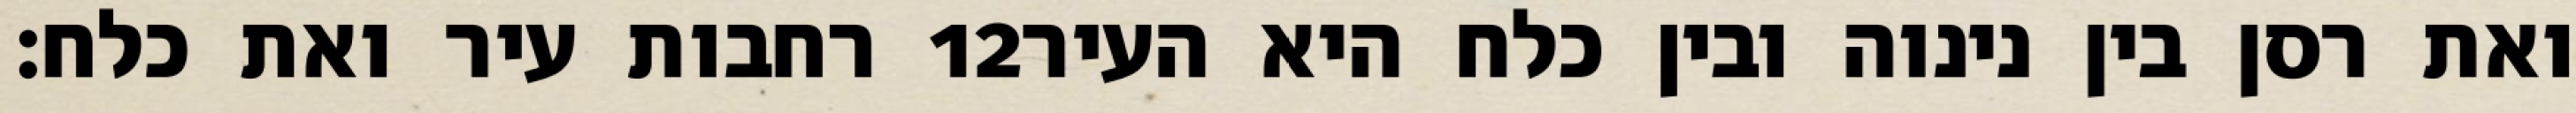
רחבות עיר ואת כלח׃ ‎12‏ ואת רסן בין נינוה ובין כלח היא העיר